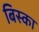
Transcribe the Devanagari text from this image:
बिस्का